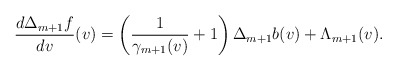
\begin{align*} \frac{d\Delta_{m+1}f}{dv}(v)=\left(\frac{1}{\gamma_{m+1}(v)}+1\right)\Delta_{m+1}b(v)+\Lambda_{m+1}(v).\end{align*}